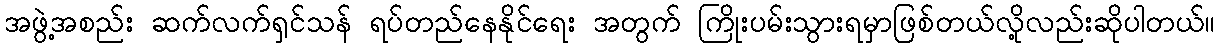
အဖွဲ့အစည်း ဆက်လက်ရှင်သန် ရပ်တည်နေနိုင်ရေး အတွက် ကြိုးပမ်းသွားရမှာဖြစ်တယ်လို့လည်းဆိုပါတယ်။